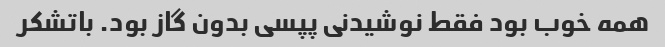
همه خوب بود فقط نوشیدنی پپسی بدون گاز بود. باتشکر